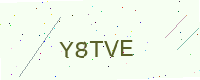
Text: Y8TVE